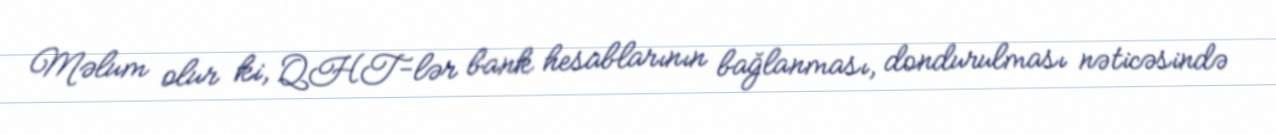
Məlum olur ki, QHT-lər bank hesablarının bağlanması, dondurulması nəticəsində